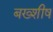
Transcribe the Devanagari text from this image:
बख्शीष